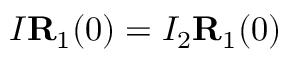
I { \bf R } _ { 1 } ( 0 ) = I _ { 2 } { \bf R } _ { 1 } ( 0 )